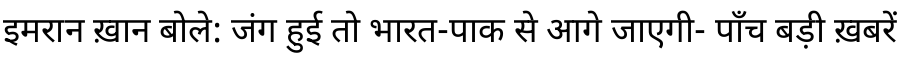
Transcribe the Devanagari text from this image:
इमरान ख़ान बोले: जंग हुई तो भारत-पाक से आगे जाएगी- पाँच बड़ी ख़बरें